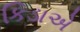
કિડાએ